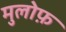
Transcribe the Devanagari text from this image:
मुलोफ़